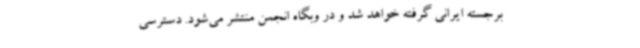
برجسته ایرانی گرفته خواهد شد و در وبگاه انجمن منتشر می‌شود. دسترسی